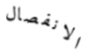
الانفصال